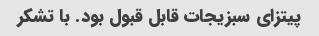
پیتزای سبزیجات قابل قبول بود. با تشکر